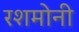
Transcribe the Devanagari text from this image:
रशमोनी